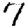
Digit: 7